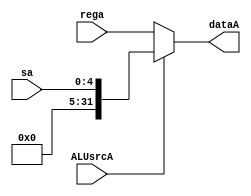
module ALU_dataA(ALUsrcA, rega, sa, dataA);
    input ALUsrcA;
    input [31:0] rega;
    input [4:0] sa;
    output [31:0] dataA;
    assign dataA = ALUsrcA ? {{27{0}},sa} : rega;
endmodule